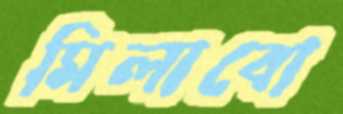
মিলাবো